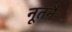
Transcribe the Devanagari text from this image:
नूतनैः